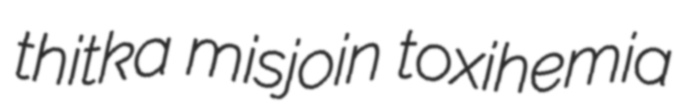
thitka misjoin toxihemia